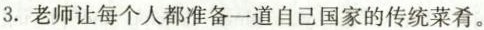
3.老师让每个人都准备一道自己国家的传统菜肴.